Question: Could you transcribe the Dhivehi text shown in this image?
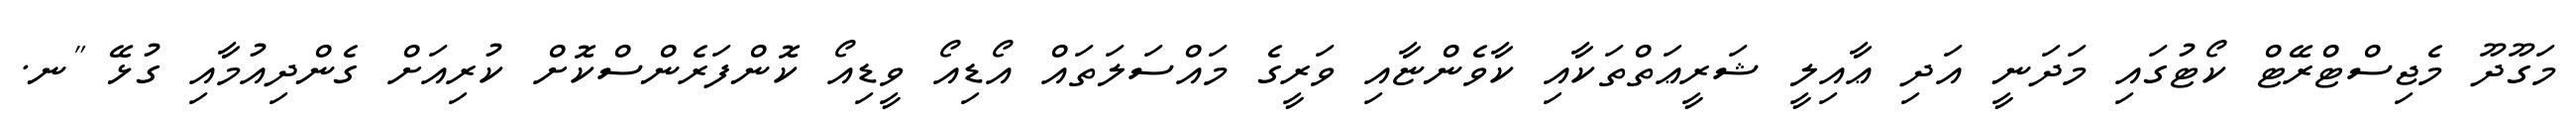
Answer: މަގޫދޫ މެޖިސްޓްރޭޓް ކޯޓުގައި މަދަނީ އަދި ޢާއިލީ ޝަރީޢަތްތަކާއި ކާވެންޏާއި ވަރީގެ މައްސަލަތައް އޯޑިއޯ ވީޑިއޯ ކޮންފަރެންސްކޮށް ކުރިއަށް ގެންދިއުމާއި ގުޅޭ "ނ.